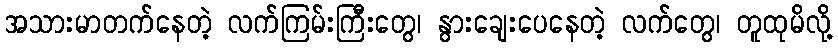
အသားမာတက်နေတဲ့ လက်ကြမ်းကြီးတွေ၊ နွားချေးပေနေတဲ့ လက်တွေ၊ တူထုမိလို့